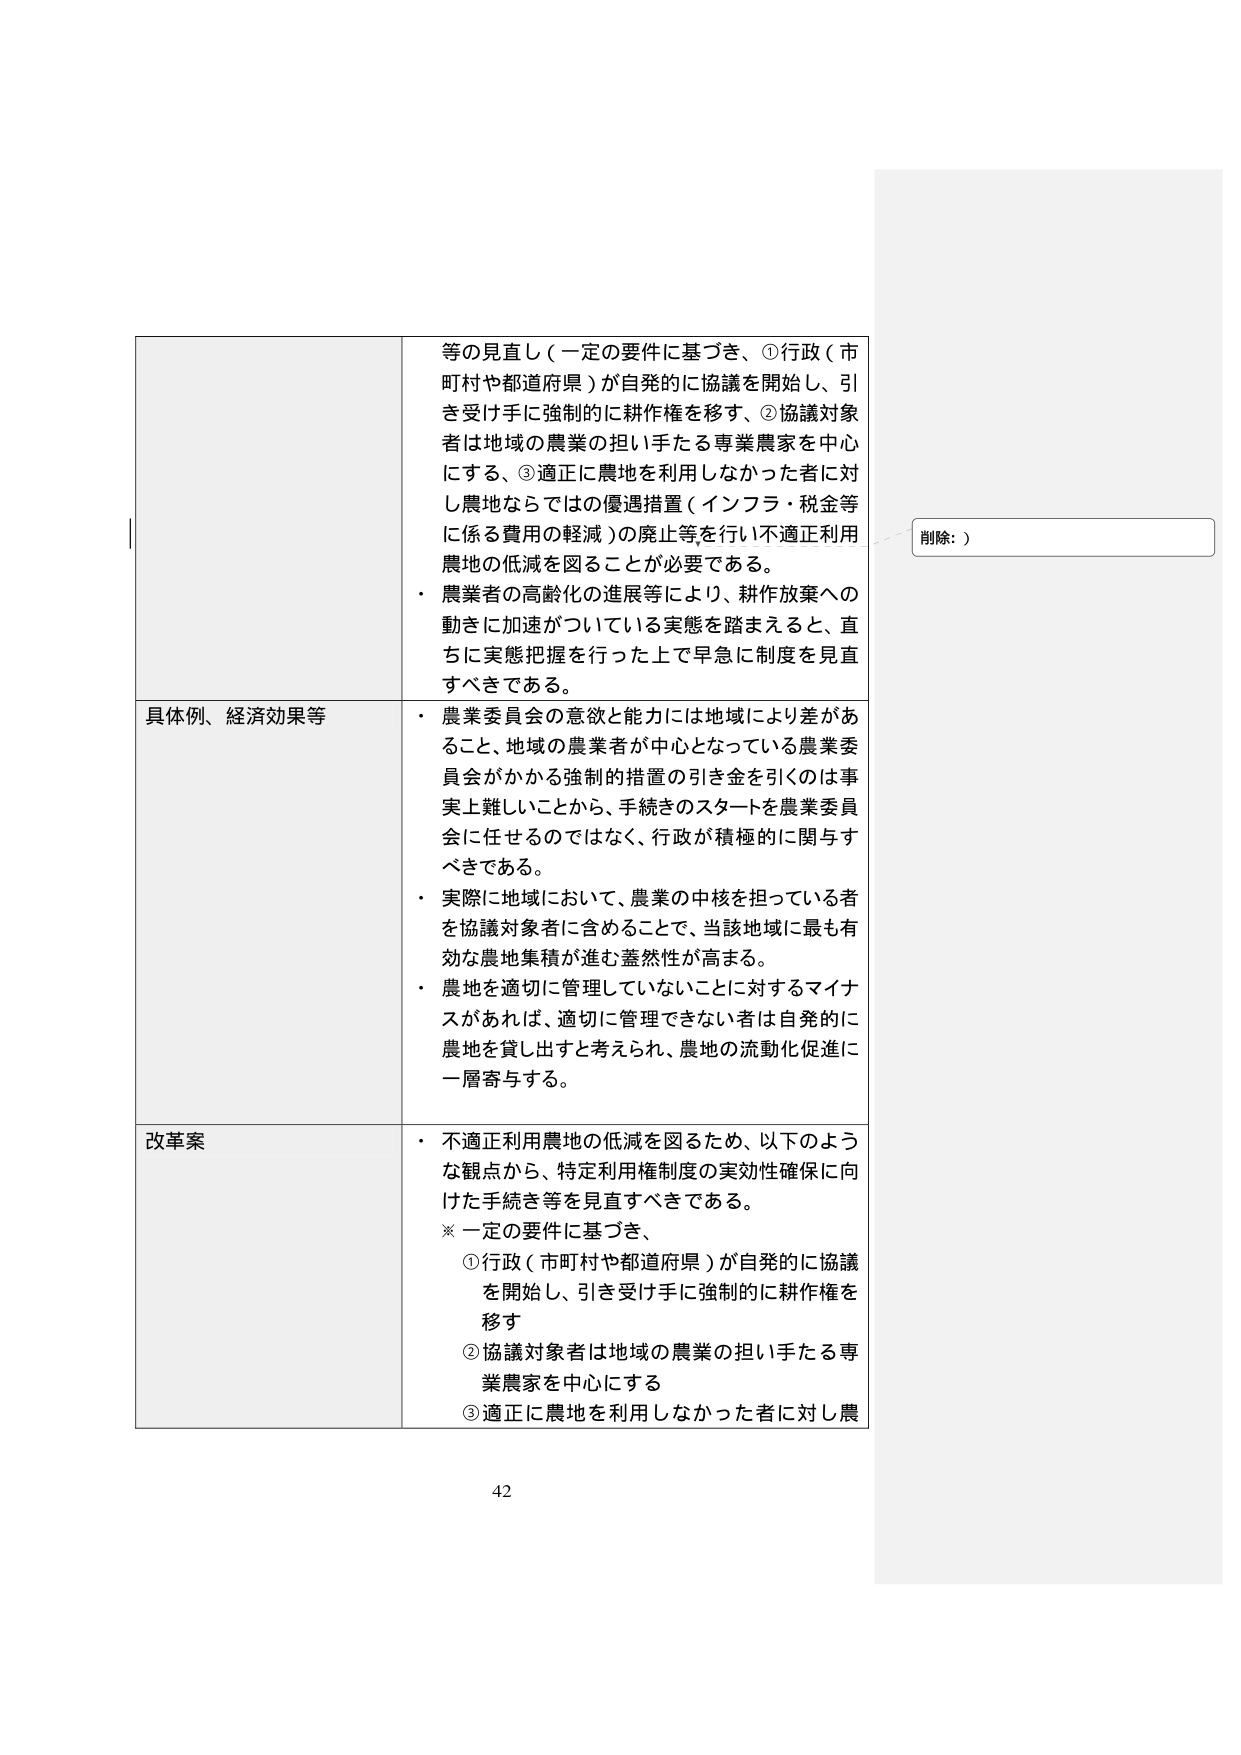
等の見直し（一定の要件に基づき、①行政（市町村や都道府県）が自発的に協議を開始し、引き受け手に強制的に耕作権を移す、②協議対象者は地域の農業の担い手たる専業農家を中心にする、③適正に農地を利用しなかった者に対し農地ならではの優遇措置（インフラ・税金等に係る費用の軽減）の廃止等を行い不適正利用農地の低減を図ることが必要である。

・ 農業者の高齢化の進展等により、耕作放棄への動きに加速がついている実態を踏まえると、直ちに実態把握を行った上で早急に制度を見直すべきである。

具体例、経済効果等
・ 農業委員会の意欲と能力には地域により差があること、地域の農業者が中心となっている農業委員会がかかる強制的措置の引き金を引くのは事実上難しいことから、手続きのスタートを農業委員会に任せるのではなく、行政が積極的に関与すべきである。
・ 実際に地域において、農業の中核を担っている者を協議対象者に含めることで、当該地域に最も有効な農地集積が進む蓋然性が高まる。
・ 農地を適切に管理していないことに対するマイナスがあれば、適切に管理できない者は自発的に農地を貸し出すと考えられ、農地の流動化促進に一層寄与する。

改革案
・ 不適正利用農地の低減を図るため、以下のような観点から、特定利用権制度の実効性確保に向けた手続き等を見直すべきである。
※ 一定の要件に基づき、
① 行政（市町村や都道府県）が自発的に協議を開始し、引き受け手に強制的に耕作権を移す
② 協議対象者は地域の農業の担い手たる専業農家を中心にする
③ 適正に農地を利用しなかった者に対し農

削除：）

42